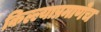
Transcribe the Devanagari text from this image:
किल्ल्याप्रमाणेच